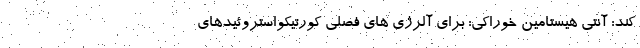
کند: آنتی هیستامین خوراکی: برای آلرژی های فصلی کورتیکواستروئیدهای